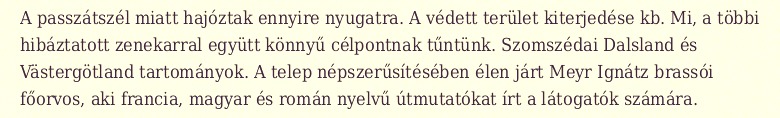
A passzátszél miatt hajóztak ennyire nyugatra. A védett terület kiterjedése kb. Mi, a többi hibáztatott zenekarral együtt könnyű célpontnak tűntünk. Szomszédai Dalsland és Västergötland tartományok. A telep népszerűsítésében élen járt Meyr Ignátz brassói főorvos, aki francia, magyar és román nyelvű útmutatókat írt a látogatók számára.